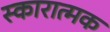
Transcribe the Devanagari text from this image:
स्कारात्मक